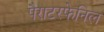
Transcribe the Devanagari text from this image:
पैराटरफेनिल